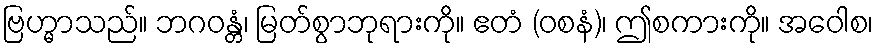
ဗြဟ္မာသည်။ ဘဂဝန္တံ၊ မြတ်စွာဘုရားကို။ ဧတံ (ဝစနံ)၊ ဤစကားကို။ အဝေါစ၊